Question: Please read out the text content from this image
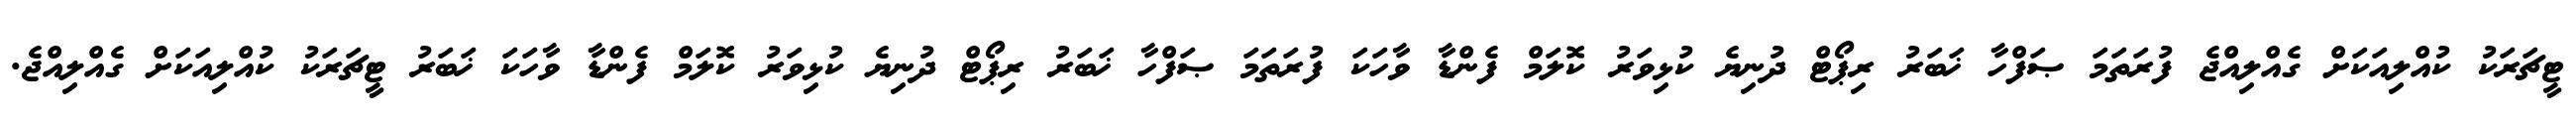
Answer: ޓީޗަރަކު ކުއްލިއަކަށް ގެއްލިއްޖެ ފުރަތަމަ ޞަފްހާ ޚަބަރު ރިޕޯޓް ދުނިޔެ ކުޅިވަރު ކޮލަމް ފެންޑާ ވާހަކަ ފުރަތަމަ ޞަފްހާ ޚަބަރު ރިޕޯޓް ދުނިޔެ ކުޅިވަރު ކޮލަމް ފެންޑާ ވާހަކަ ޚަބަރު ޓީޗަރަކު ކުއްލިއަކަށް ގެއްލިއްޖެ.